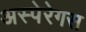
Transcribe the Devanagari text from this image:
अस्पेरेगस